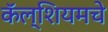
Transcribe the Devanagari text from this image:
कॅल्शियमचे